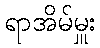
ရာအိမ်မှူး